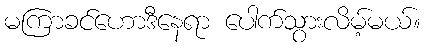
မကြာခင်ဟောဒီနေရာ ပေါက်သွားလိမ့်မယ်။